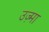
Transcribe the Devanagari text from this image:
उज़्मा